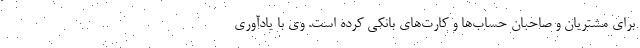
برای مشتریان و صاحبان حساب‌ها و کارت‌های بانکی کرده است. وی با یادآوری